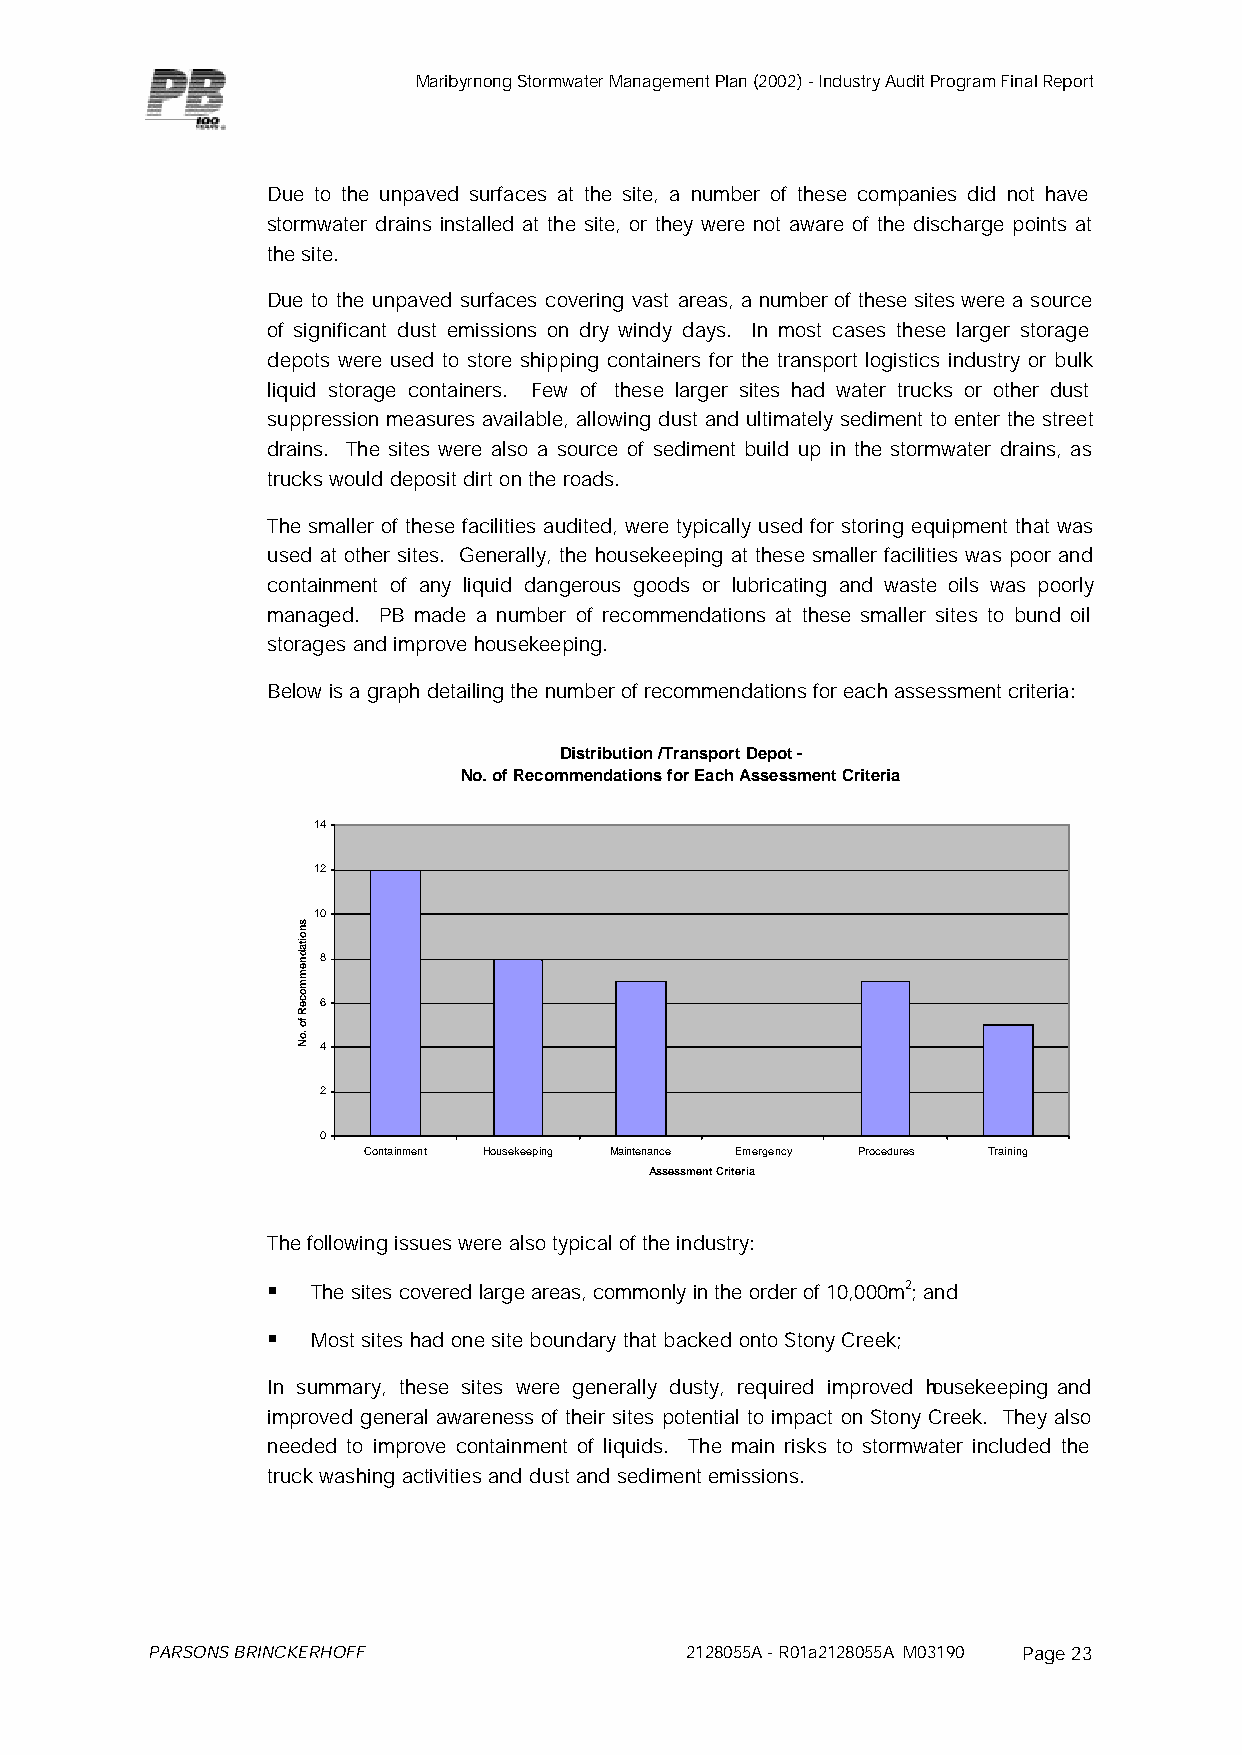
Maribyrnong Stormwater Management Plan (2002) - Industry Audit Program Final Report
 Due to the unpaved surfaces at the site, a number of these companies did not have
 stormwater drains installed at the site, or they were not aware of the discharge points at
 the site.
 Due to the unpaved surfaces covering vast areas, a number of these sites were a source
 of significant dust emissions on dry windy days. In most cases these larger storage
 depots were used to store shipping containers for the transport logistics industry or bulk
 liquid storage containers. Few of these larger sites had water trucks or other dust
 suppression measures available, allowing dust and ultimately sediment to enter the street
 drains. The sites were also a source of sediment build up in the stormwater drains, as
 trucks would deposit dirt on the roads.
 The smaller of these facilities audited, were typically used for storing equipment that was
 used at other sites. Generally, the housekeeping at these smaller facilities was poor and
 containment of any liquid dangerous goods or lubricating and waste oils was poorly
 managed. PB made a number of recommendations at these smaller sites to bund oil
 storages and improve housekeeping.
 Below is a graph detailing the number of recommendations for each assessment criteria:
 Distribution /Transport Depot -
 No. of Recommendations for Each Assessment Criteria
 14
 12
 10
 8
 6
 4
 2
 0
 Containment Housekeeping Maintenance Emergency Procedures Training
 Assessment Criteria
 The following issues were also typical of the industry:
 §  The sites covered large areas, commonly in the order of 10,000m2; and
 §  Most sites had one site boundary that backed onto Stony Creek;
 In summary, these sites were generally dusty, required improved housekeeping and
 improved general awareness of their sites potential to impact on Stony Creek. They also
 needed to improve containment of liquids. The main risks to stormwater included the
 truck washing activities and dust and sediment emissions.
 PARSONS BRINCKERHOFF               2128055A - R01a2128055A M03190 Page 23
 snoitadnemmoceR
 fo
 .oN